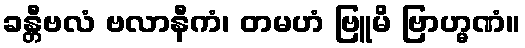
ခန္တီဗလံ ဗလာနီကံ၊ တမဟံ ဗြူမိ ဗြာဟ္မဏံ။